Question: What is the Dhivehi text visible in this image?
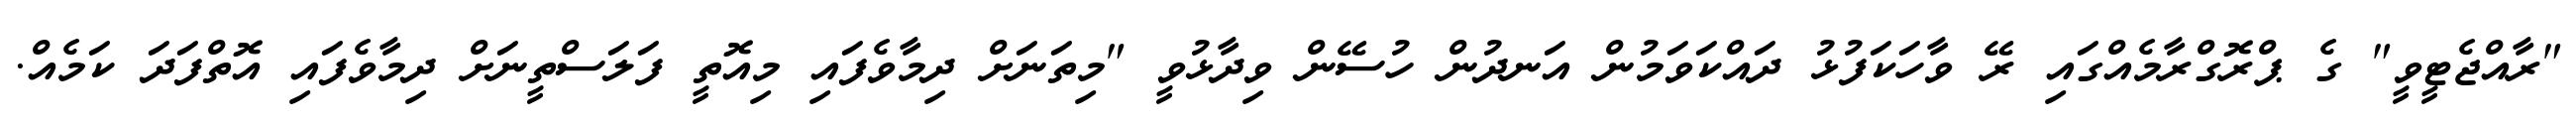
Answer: "ރާއްޖެޓީވީ" ގެ ޕްރޮގްރާމެއްގައި ރޭ ވާހަކަފުޅު ދައްކަވަމުން އަނދުން ހުސޭން ވިދާޅުވީ "މިތަނަށް ދިމާވެފައި މިއޮތީ ފަލަސްތީނަށް ދިމާވެފައި އޮތްފަދަ ކަމެއް.